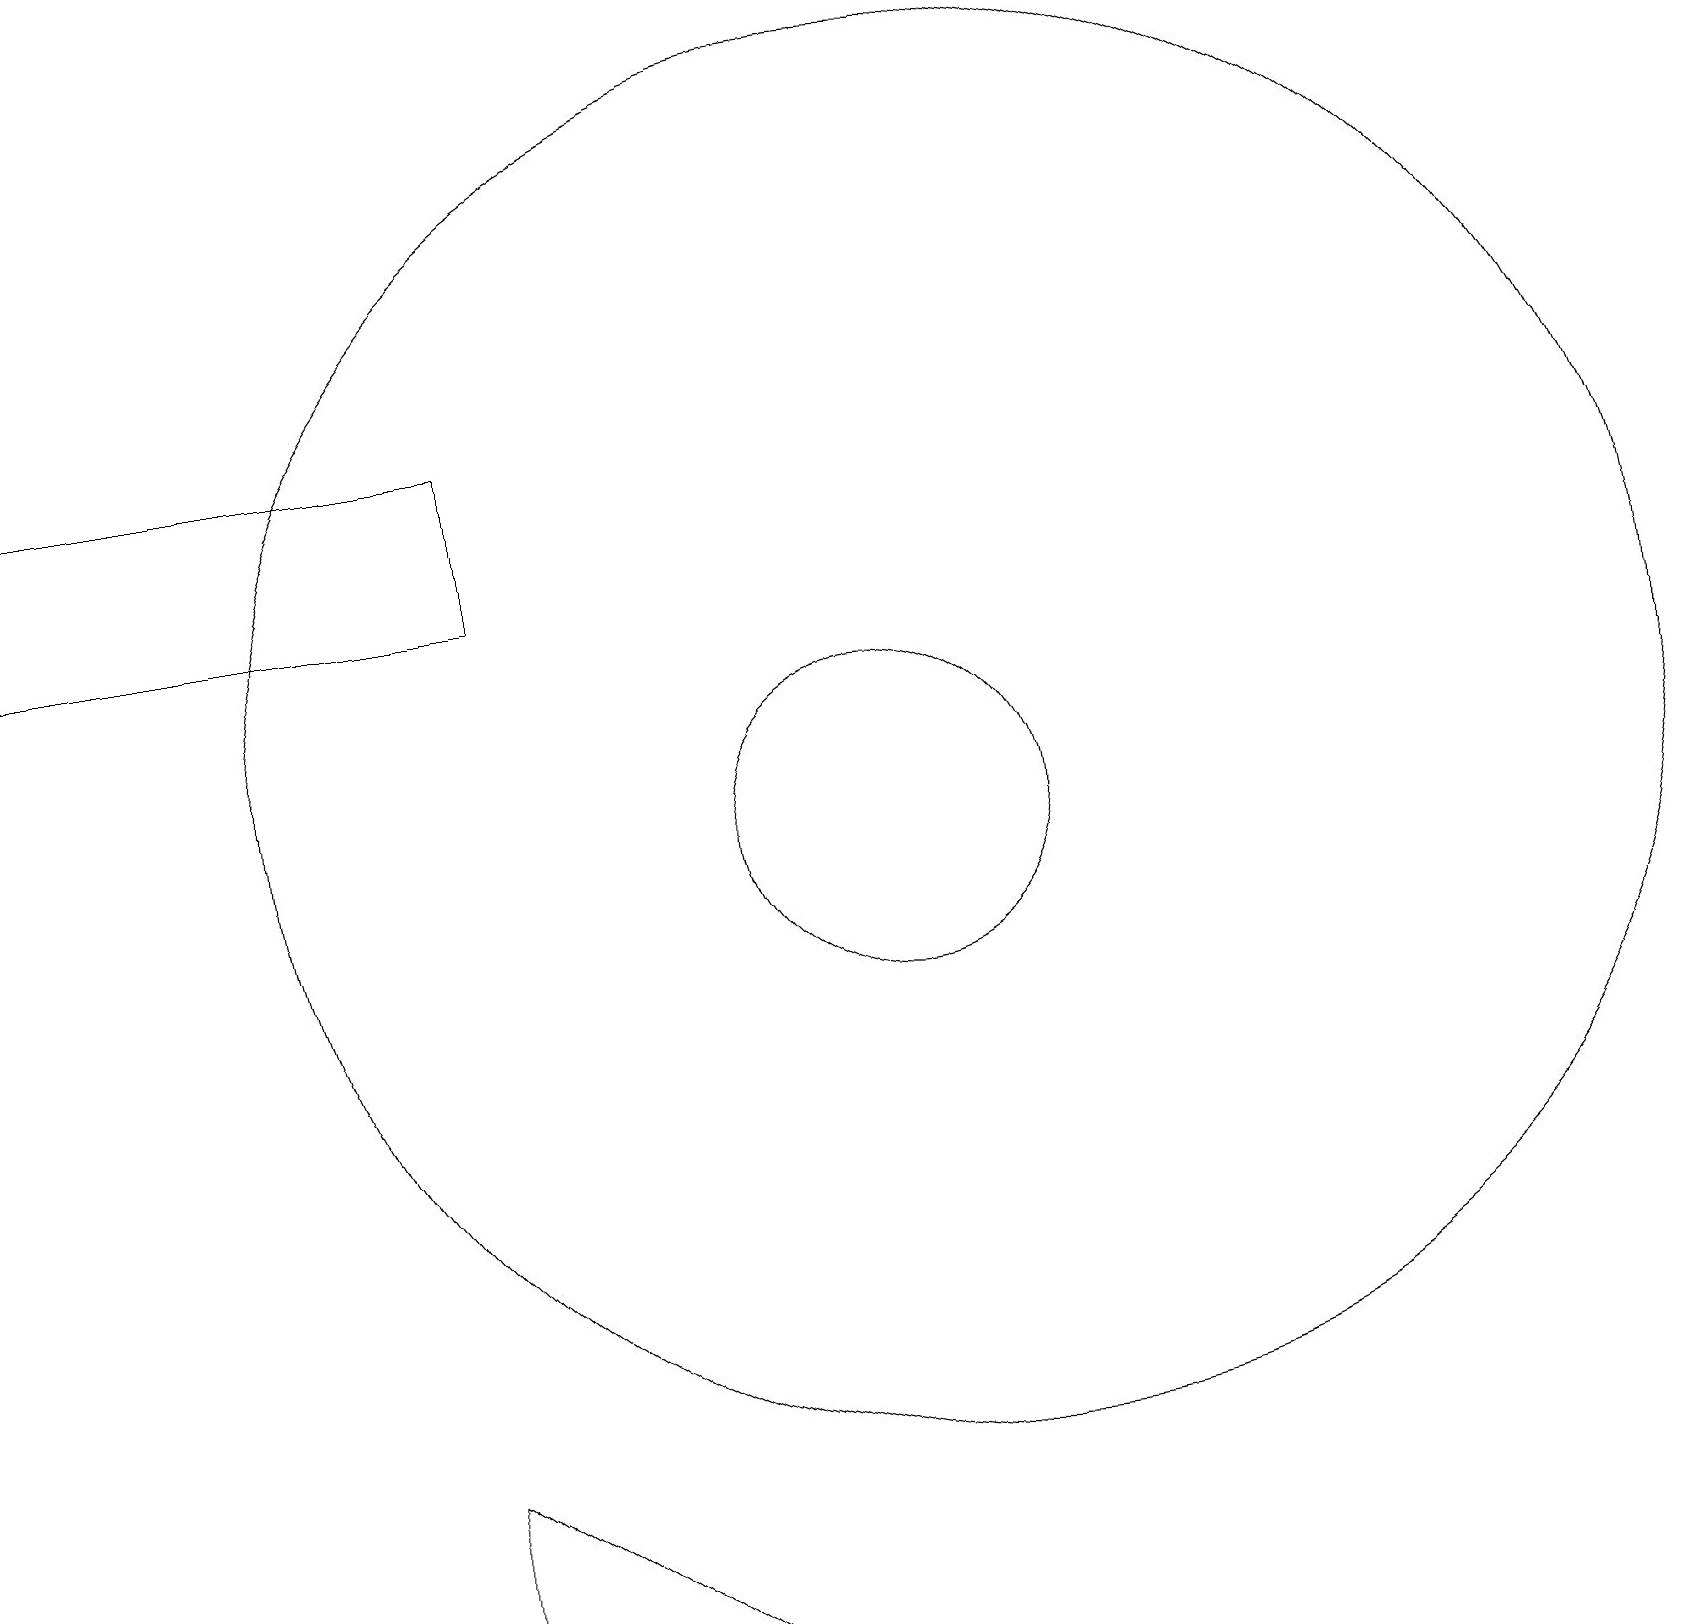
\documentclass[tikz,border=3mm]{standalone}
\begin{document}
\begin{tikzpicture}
\draw (8,1) -- (5,1) -- (5,3) -- cycle;
\draw (0,14) rectangle (6,16);
\draw (11,11) circle (2);
\draw (12,12) circle (9);
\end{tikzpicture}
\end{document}